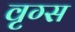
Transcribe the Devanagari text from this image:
वृग्स